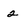
Character: 2